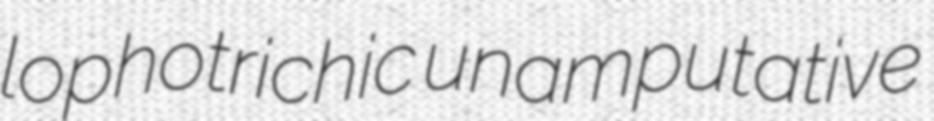
lophotrichic unamputative